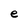
Character: e